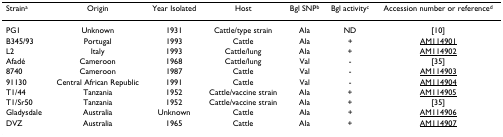
| Straina | Origin | Year Isolated | Host | Bgl SNPb | Bgl activityc | Accession number or referenced |
 | --- | --- | --- | --- | --- | --- | --- |
 | PG1 | Unknown | 1931 | Cattle/type strain | Ala | ND | [10] |
 | B345/93 | Portugal | 1993 | Cattle | Ala | + | AM114901 |
 | L2 | Italy | 1993 | Cattle/lung | Ala | + | AM114902 |
 | Afadé | Cameroon | 1968 | Cattle/lung | Val | - | [35] |
 | 8740 | Cameroon | 1987 | Cattle | Val | - | AM114903 |
 | 91130 | Central African Republic | 1991 | Cattle | Val | - | AM114904 |
 | T1/44 | Tanzania | 1952 | Cattle/vaccine strain | Ala | + | AM114905 |
 | T1/Sr50 | Tanzania | 1952 | Cattle/vaccine strain | Ala | + | [35] |
 | Gladysdale | Australia | Unknown | Cattle | Ala | + | AM114906 |
 | DVZ | Australia | 1965 | Cattle | Ala | + | AM114907 |